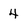
Character: 4